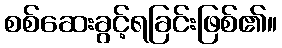
စစ်ဆေးခွင့်ရခြင်းဖြစ်၏။